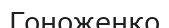
Гоноженко